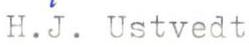
H.J. Ustvedt